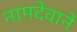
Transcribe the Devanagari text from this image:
नामदेवाने